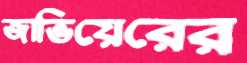
জাভিয়েরের